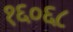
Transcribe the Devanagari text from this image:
१६०६८